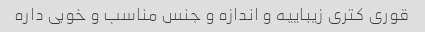
قوری کتری زیباییه و اندازه و جنس مناسب و خوبی داره